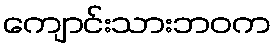
ကျောင်းသားဘဝက